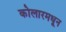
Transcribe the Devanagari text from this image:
कोलारमधून